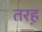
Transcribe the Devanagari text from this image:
तरह़